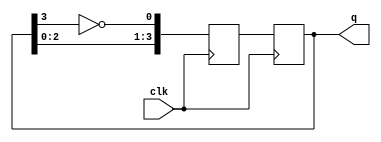
module johnson_counter (
    input wire clk,
    output reg [3:0] q
);

reg [3:0] next_q;

always @ (posedge clk) begin
    next_q[0] <= ~q[3];
    next_q[1] <= q[0];
    next_q[2] <= q[1];
    next_q[3] <= q[2];
    
    q <= next_q;
end

endmodule